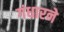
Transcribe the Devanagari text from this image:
गंधारने